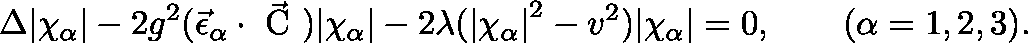
\Delta { | \chi _ { \alpha } | } - 2 g ^ { 2 } ( { \vec { \epsilon } } _ { \alpha } \cdot \vec { \mathrm { \boldmath ~ C ~ } } ) { | \chi _ { \alpha } | } - 2 \lambda ( { | \chi _ { \alpha } | } ^ { 2 } - v ^ { 2 } ) { | \chi _ { \alpha } | } = 0 , \qquad ( \alpha = 1 , 2 , 3 ) .